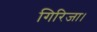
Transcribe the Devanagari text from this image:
गिरिजा।